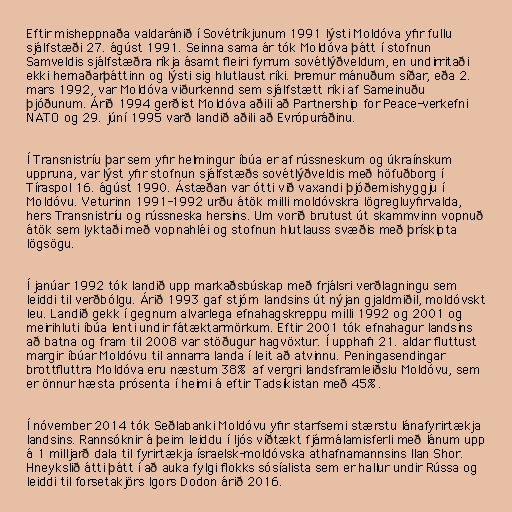
Eftir misheppnaða valdaránið í Sovétríkjunum 1991 lýsti Moldóva yfir fullu
sjálfstæði 27. ágúst 1991. Seinna sama ár tók Moldóva þátt í stofnun
Samveldis sjálfstæðra ríkja ásamt fleiri fyrrum sovétlýðveldum, en undirritaði
ekki hernaðarþáttinn og lýsti sig hlutlaust ríki. Þremur mánuðum síðar, eða 2.
mars 1992, var Moldóva viðurkennd sem sjálfstætt ríki af Sameinuðu
þjóðunum. Árið 1994 gerðist Moldóva aðili að Partnership for Peace-verkefni
NATO og 29. júní 1995 varð landið aðili að Evrópuráðinu.

Í Transnistríu þar sem yfir helmingur íbúa er af rússneskum og úkraínskum
uppruna, var lýst yfir stofnun sjálfstæðs sovétlýðveldis með höfuðborg í
Tíraspol 16. ágúst 1990. Ástæðan var ótti við vaxandi þjóðernishyggju í
Moldóvu. Veturinn 1991-1992 urðu átök milli moldóvskra lögregluyfirvalda,
hers Transnistríu og rússneska hersins. Um vorið brutust út skammvinn vopnuð
átök sem lyktaði með vopnahléi og stofnun hlutlauss svæðis með þrískipta
lögsögu.

Í janúar 1992 tók landið upp markaðsbúskap með frjálsri verðlagningu sem
leiddi til verðbólgu. Árið 1993 gaf stjórn landsins út nýjan gjaldmiðil, moldóvskt
leu. Landið gekk í gegnum alvarlega efnahagskreppu milli 1992 og 2001 og
meirihluti íbúa lenti undir fátæktarmörkum. Eftir 2001 tók efnahagur landsins
að batna og fram til 2008 var stöðugur hagvöxtur. Í upphafi 21. aldar fluttust
margir íbúar Moldóvu til annarra landa í leit að atvinnu. Peningasendingar
brottfluttra Moldóva eru næstum 38% af vergri landsframleiðslu Moldóvu, sem
er önnur hæsta prósenta í heimi á eftir Tadsíkistan með 45%.

Í nóvember 2014 tók Seðlabanki Moldóvu yfir starfsemi stærstu lánafyrirtækja
landsins. Rannsóknir á þeim leiddu í ljós víðtækt fjármálamisferli með lánum upp
á 1 milljarð dala til fyrirtækja ísraelsk-moldóvska athafnamannsins Ilan Shor.
Hneykslið átti þátt í að auka fylgi flokks sósíalista sem er hallur undir Rússa og
leiddi til forsetakjörs Igors Dodon árið 2016.